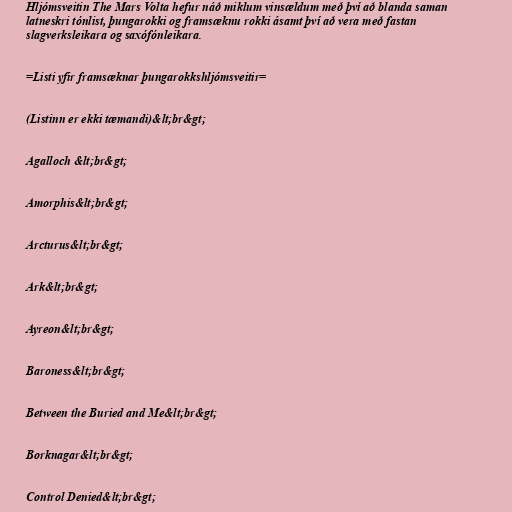
Hljómsveitin The Mars Volta hefur náð miklum vinsældum með því að blanda saman
latneskri tónlist, þungarokki og framsæknu rokki ásamt því að vera með fastan
slagverksleikara og saxófónleikara.

=Listi yfir framsæknar þungarokkshljómsveitir=

(Listinn er ekki tæmandi)&lt;br&gt;

Agalloch &lt;br&gt;

Amorphis&lt;br&gt;

Arcturus&lt;br&gt;

Ark&lt;br&gt;

Ayreon&lt;br&gt;

Baroness&lt;br&gt;

Between the Buried and Me&lt;br&gt;

Borknagar&lt;br&gt;

Control Denied&lt;br&gt;